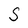
Character: S